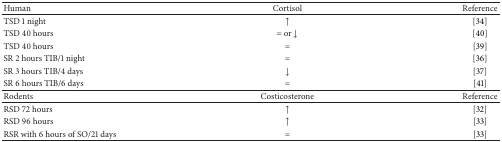
<table><thead><tr><td><b>Human</b></td><td><b>Cortisol</b></td><td><b>Reference</b></td></tr></thead><tbody><tr><td>TSD 1 night</td><td>↑</td><td>[34]</td></tr><tr><td>TSD 40 hours</td><td>= or ↓</td><td>[40]</td></tr><tr><td>TSD 40 hours</td><td>=</td><td>[39]</td></tr><tr><td>SR 2 hours TIB/1 night</td><td>=</td><td>[36]</td></tr><tr><td>SR 3 hours TIB/4 days</td><td>↓</td><td>[37]</td></tr><tr><td>SR 6 hours TIB/6 days</td><td>=</td><td>[41]</td></tr><tr><td>Rodents</td><td>Costicosterone</td><td>Reference</td></tr><tr><td>RSD 72 hours</td><td>↑</td><td>[32]</td></tr><tr><td>RSD 96 hours</td><td>↑</td><td>[33]</td></tr><tr><td>RSR with 6 hours of SO/21 days</td><td>=</td><td>[33]</td></tr></tbody></table>